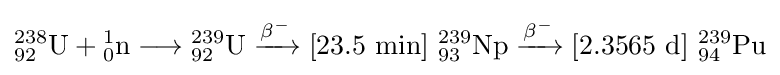
{{\mathrm {^{238}_{92}U} }{}+{}{\mathrm {^{1}_{0}n} }{}\mathrel {\longrightarrow } {}{\mathrm {^{239}_{92}U} }{}\mathrel {\xrightarrow {\mathrm {\beta } {\vphantom {A}}^{-}} } {}[23.5\ \mathrm {min} ]~{\mathrm {^{239}_{93}Np} }{}\mathrel {\xrightarrow {\mathrm {\beta } {\vphantom {A}}^{-}} } {}[2.3565\ {\ce {\mathrm {d} }}]~{\mathrm {^{239}_{94}Pu} }}